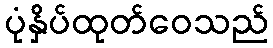
ပုံနှိပ်ထုတ်ဝေသည်